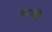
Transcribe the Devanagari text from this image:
तरङ्गों